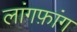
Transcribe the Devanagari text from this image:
लांगफ़ांग